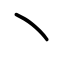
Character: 丶